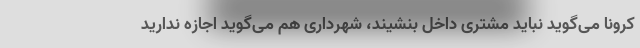
کرونا می‌گوید نباید مشتری داخل بنشیند، شهرداری هم می‌گوید اجازه ندارید